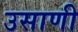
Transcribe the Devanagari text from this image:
उसाणी